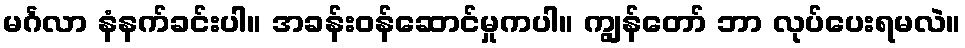
မင်္ဂလာ နံနက်ခင်းပါ။ အခန်းဝန်ဆောင်မှုကပါ။ ကျွန်တော် ဘာ လုပ်ပေးရမလဲ။